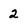
Character: 2